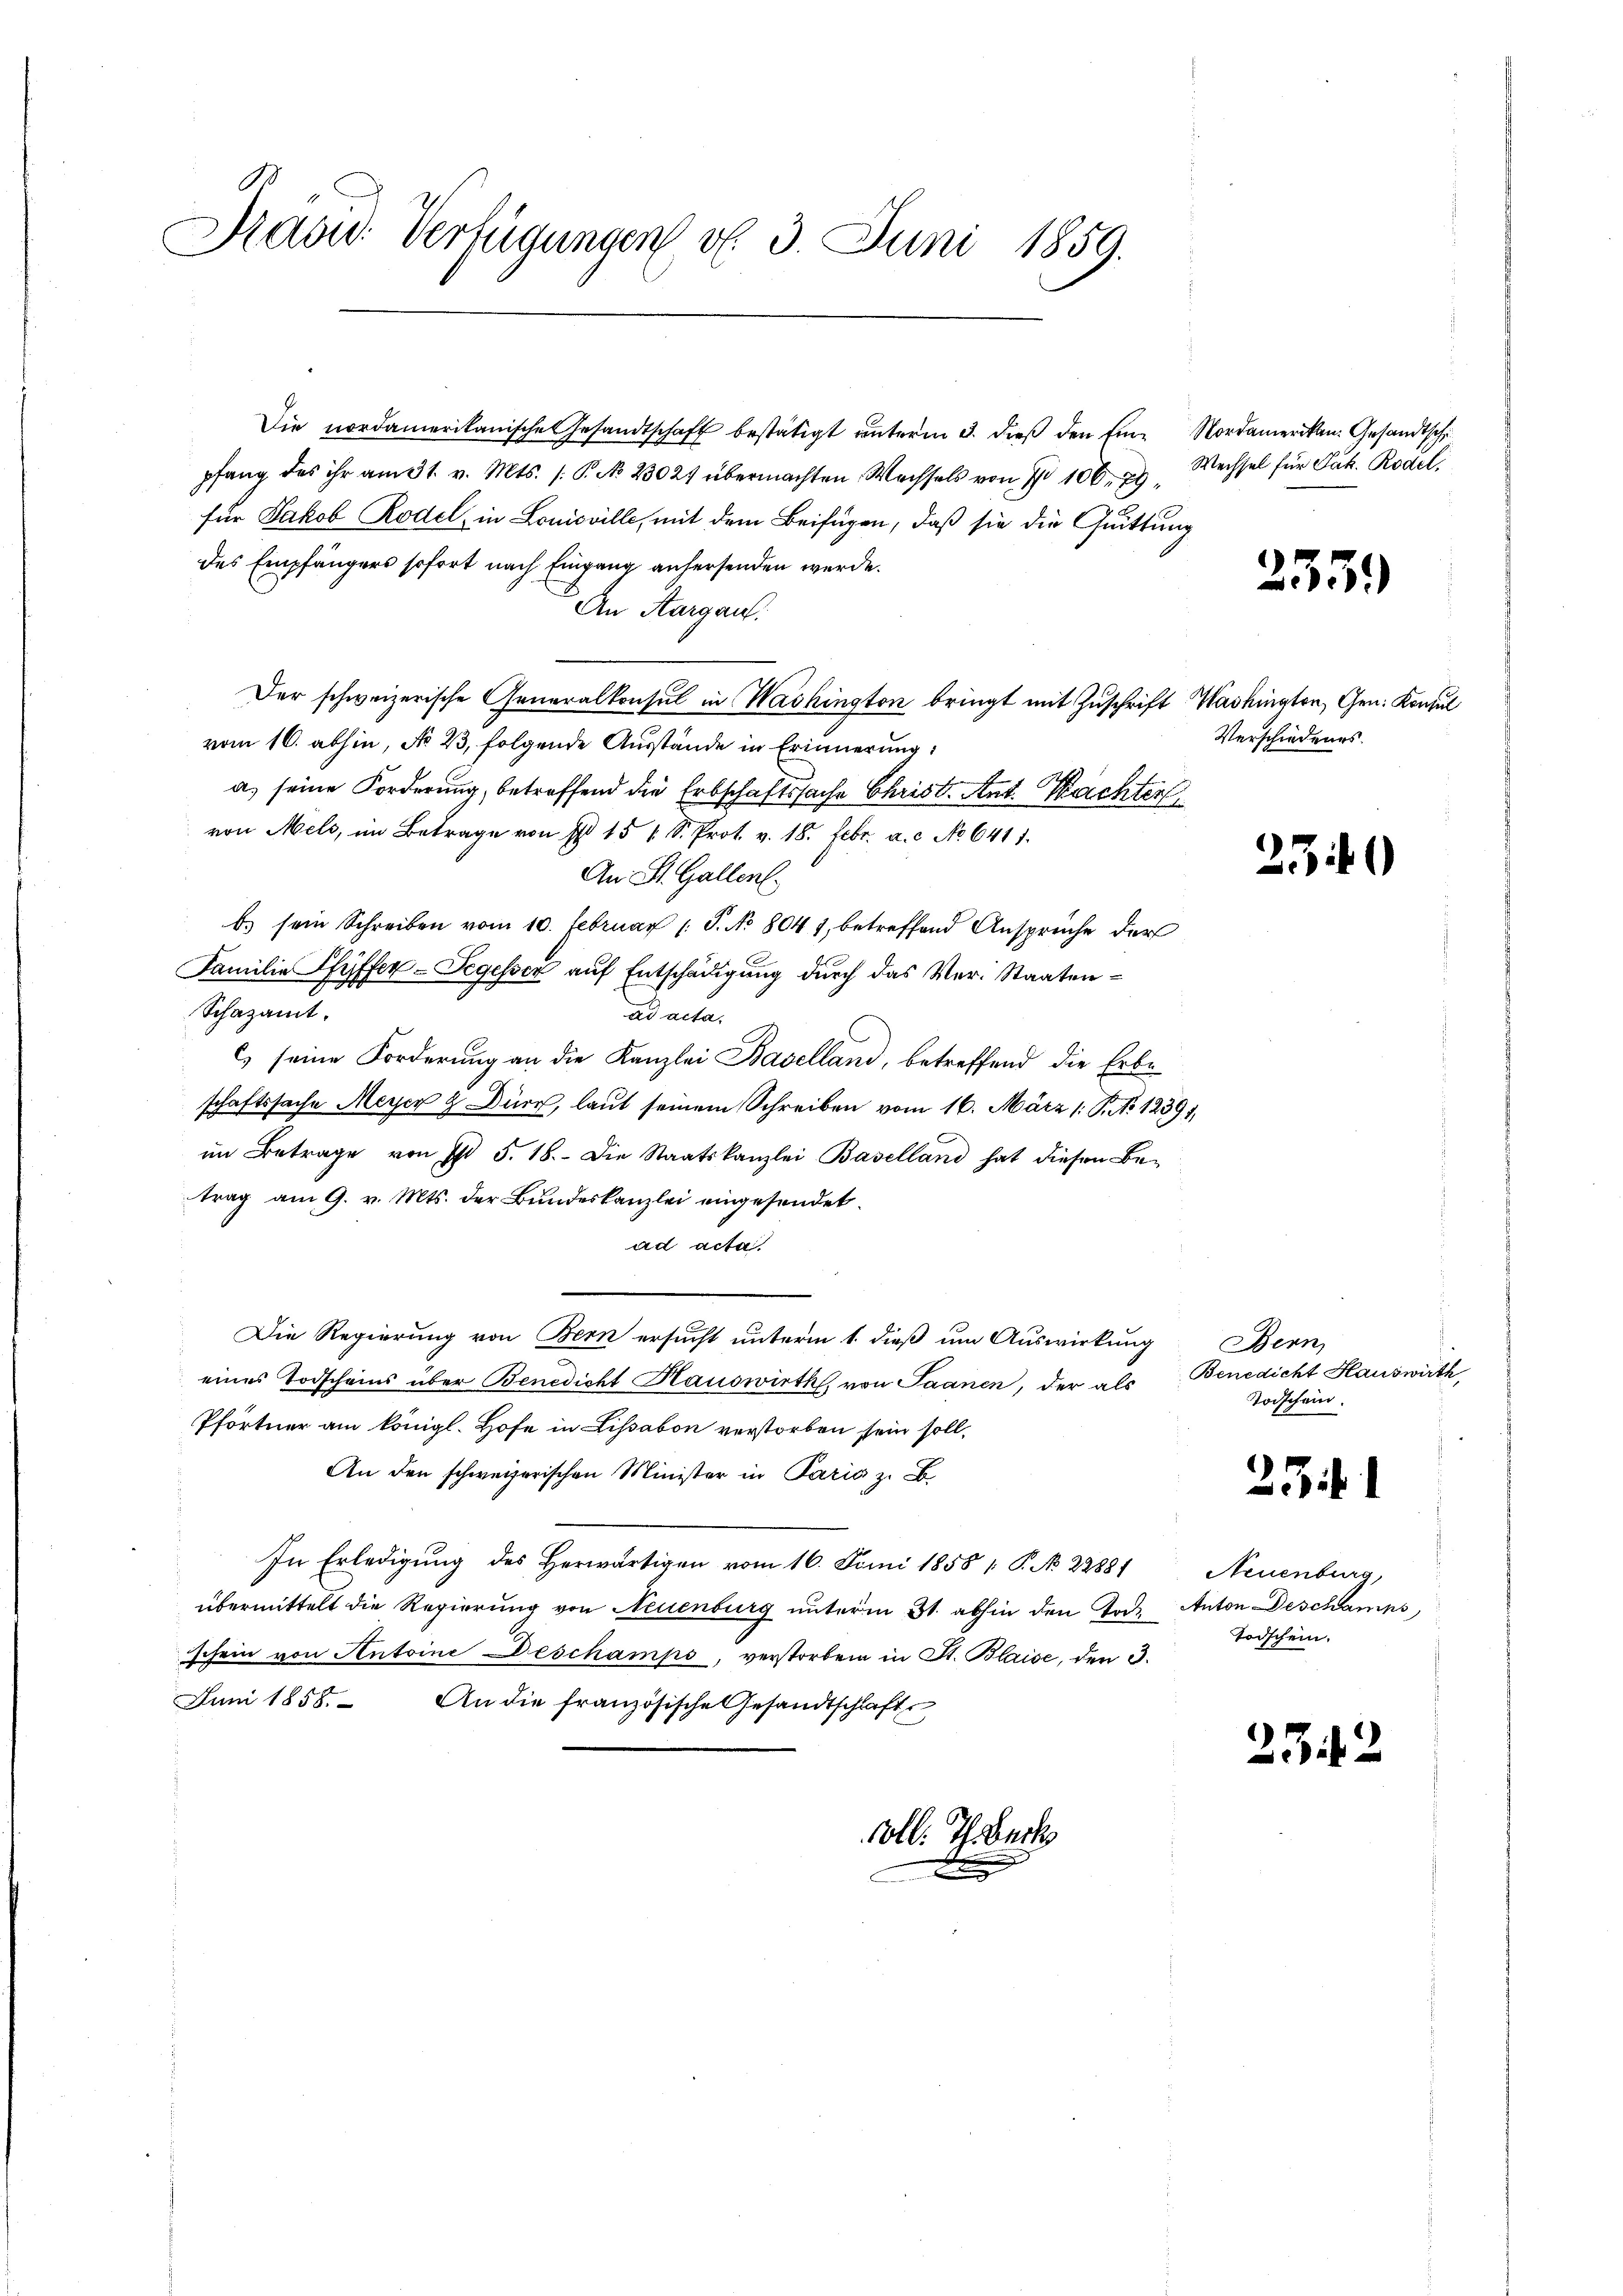
Paad: Verfügungen v. 3. Juni 1859.
C

Die nordamerikanische Gesandtschaft bestätigt unterm 3. dieß den Eine Nordamerikan. Gesandtsch
pfang des ihr am 31. v. Mts. /: P. No 23021 übermachten Wechsels von I 106. 79
für Jakob Rodel, in Louisville, mit dem Beifügen, daß sie die Quittung
des Empfängers sofort nach Eingang anhersenden werde.
An Aargau.
Der schweizerische Generalkonsul in Washington bringt mit Zuschrift Washingten, Gen. Konsul
vom 16. abhin, No 23. folgende Ausstände in Erinnerung:
a) seine Forderung, betreffend die Erbschaftssache Christ. Ant. Nachter
von Mels, im Betrage von § 15 1 S. Prot. v. 18. Febr. a. c. No 6411.
An St. Gallen.
b) sein Schreiben vom 10. Februar 1 S. No 8041, betreffend Ansprüche der
Familie Pfeffen-Segesser auf Entschädigung durch das Ver- Staaten¬
Schazamt.
ad acta.
c) seine Forderung an die Kanzlei Baselland, betreffend die Erbeschaftssache Meyer & Durch, laut seinem Schreiben vom 16. März 1 S. No 12391,
im Betrage von I 5. 18. Die Staatskanzlei Baselland hat diesen Be-
trag am 9. v. Mts. der Bundeskanzlei eingesendet.
ad acta
Die Regierung von Bern ersucht unterm 1. dieß um Auswirkung Bern,
eines Todscheins über Benedicht Hauswirth, von Saanen, der als Benedicht Hauswirth,
Pförtner am königl. Hofe in Lissabon verstorben sein soll,
An den schweizerischen Minister in Paris z. B.
In Erledigung des Herwärtigen vom 16. Juni 1858 1. P. No 22881, Neuenburg,
übermittelt die Regierung von Neuenburg unterm 31. abhin den Jos. Anton Deschamps,
schein von Antoine Deschamps, verstorben in St. Blaise, den 3.
Juni 1858. An die französische Gesandtschlafte

soll. Th. erk

Wechsel für Jak. Rodel.

2559

Verschiedenes.

2340

Todschein.

1
i

Todschein.

2342